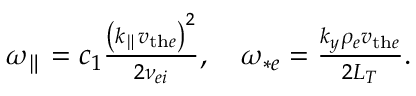
\begin{array} { r } { { \omega _ { \parallel } } = c _ { 1 } \frac { \left( k _ { \parallel } v _ { \mathrm { t h } e } \right) ^ { 2 } } { 2 \nu _ { e i } } , \quad \omega _ { * e } = \frac { k _ { y } \rho _ { e } v _ { \mathrm { t h } e } } { 2 L _ { T } } . } \end{array}